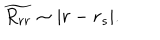
\widetilde { R _ { r r } } \sim | r - r _ { s } | .